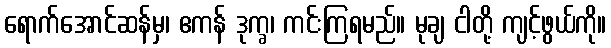
ရောက်အောင်ဆန်မှ၊ ဧကန် ဒုက္ခ၊ ကင်းကြရမည်။ မုချ ငါတို့ ကျင့်ဖွယ်ကို။